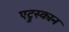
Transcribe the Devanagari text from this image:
एट्रुस्कान